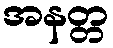
အနတ္တ